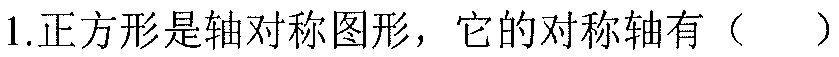
1.正方形是轴对称图形，它的对称轴有（  ）